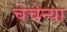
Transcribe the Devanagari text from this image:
चेचेन्या